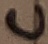
Text: C